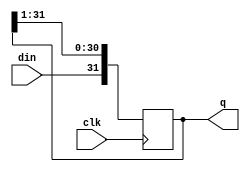
module cfg_shift_register (
    input clk,    // Clock
    input din, // Clock Enable
    output [0:31] q
);

    always @(posedge clk) begin
        q[1:31] <= q[0:30];
        q[0] <= din;
    end

endmodule